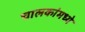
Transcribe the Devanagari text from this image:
चालकांमध्ये